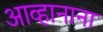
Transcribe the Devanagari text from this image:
आव्हानाना